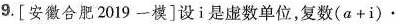
9.[安徽合肥2019一模]设i是虚数单位，复数$$( a + i ) \cdot